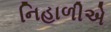
નિહાળીએ